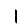
Digit: 1